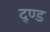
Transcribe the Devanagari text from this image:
द्ण्ड